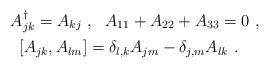
LaTeX: \begin{align*}\begin{aligned} A_{jk}^\dagger = A_{kj} \ &, \ \ A_{11}+A_{22}+A_{33} = 0 \ , \\ [A_{jk}, A_{lm}] &= \delta_{l,k}A_{jm}-\delta_{j,m}A_{lk} \ .\end{aligned}\end{align*}